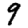
Digit: 9